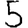
Digit: 5